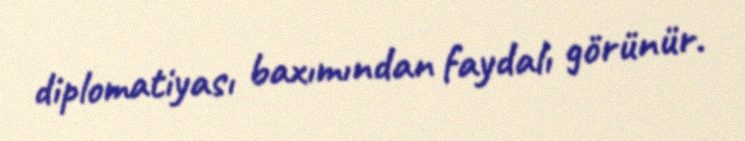
diplomatiyası baxımından faydalı görünür.